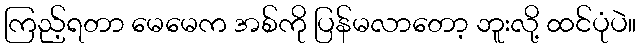
ကြည့်ရတာ မေမေက အစ်ကို ပြန်မလာတော့ ဘူးလို့ ထင်ပုံပဲ။